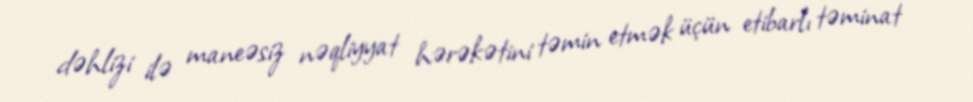
dəhlizi ilə maneəsiz nəqliyyat hərəkətini təmin etmək üçün etibarlı təminat